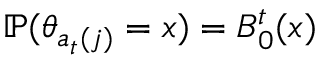
\mathbb { P } ( \theta _ { a _ { t } ( j ) } = x ) = B _ { 0 } ^ { t } ( x )